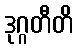
ဒုဂ္ဂတီတိ